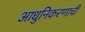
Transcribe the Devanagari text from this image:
आधुनिकरणाची